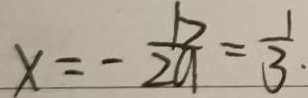
x = - \frac { b } { 2 a } = \frac { 1 } { 3 } .